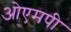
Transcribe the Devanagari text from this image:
ओएमपी